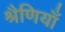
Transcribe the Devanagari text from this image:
श्रैणियाँ